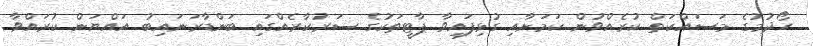
ހޯދުމުގެ މަސައްކަތް ކުރެއްވުން ކަމަށާއި ގުޅިފައިވާ ޕާޓީތަކުގެ ސަރުކާރެއްގައި ބަންޑާރަނައިބު އައްޔަން ކުރައްވާ